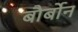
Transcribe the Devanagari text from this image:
बौर्बोन